Indian journal of veterinary science and animal husbandry - Volumes 26-27, 1956-1957
Year: 1956
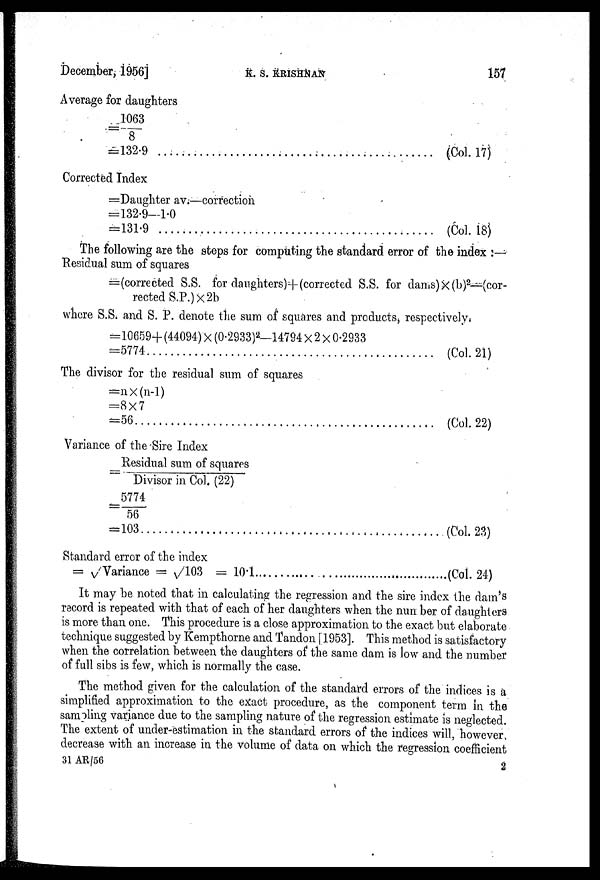
December, 1956]
K.
S.
KRISHNAN
157
Average for daughters
=1063 / 8
=132.9
(Col. 17)
Corrected Index
=Daughter av.—correction
=132.9—1.0
=131.9
(Col. 18)
The following are the steps for computing the standard error of the index :—
Residual sum of squares
=(corrected S.S. for daughters)+(corrected S.S. for dams) × (b) 2 —(cor-
rected S.P.) × 2b
where S.S. and S. P. denote the sum of squares and products, respectively.
=10659+(44094) × (0.2933) 2 —14794 × 2 × 0.2933
=5774
(Col. 21)
The divisor for the residual sum of squares
= n × (n.1)
= 8 × 7
= 56
(Col. 22)
Variance of the Sire Index
= Residual sum of squares / Divisor in Col. (22)
=5774 / 56
=103
(Col. 23)
Standard error of the index
= √Variance = √103 = 10.1
(Col. 24)
It may be noted that in calculating the regression and the sire index the dam's
record is repeated with that of each of her daughters when the number of daughters
is more than one. This procedure is a close approximation to the exact but elaborate
technique suggested by Kempthorne and Tandon [1953]. This method is satisfactory
when the correlation between the daughters of the same dam is low and the number
of full sibs is few, which is normally the case.
The method given for the calculation of the standard errors of the indices is a
simplified approximation to the exact procedure, as the component term in the
sampling variance due to the sampling nature of the regression estimate is neglected.
The extent of under-estimation in the standard errors of the indices will, however
decrease with an increase in the volume of data on which the regression coefficient
31 AR/56
2